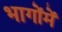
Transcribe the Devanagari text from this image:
भागोंमें